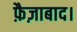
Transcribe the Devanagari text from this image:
फ़ैज़ाबाद।